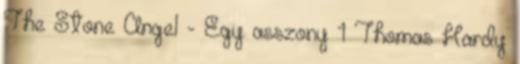
The Stone Angel - Egy asszony 1 Thomas Hardy